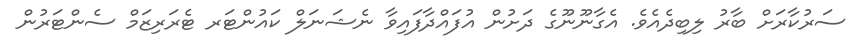
ސަރުކާރަށް ބާރު ލިބިދެއެވެ. އެގާނޫނޫގެ ދަށުން އުފައްދާފައިވާ ނެޝަނަލް ކައުންޓަރ ޓެރަރިޒަމް ސެންޓަރުން